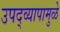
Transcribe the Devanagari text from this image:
उपद्‌व्यापामुळे